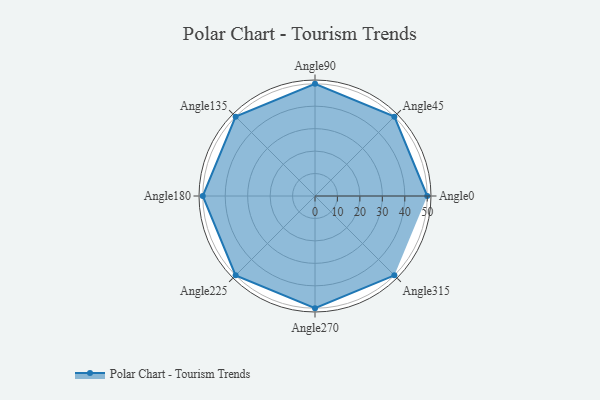
{"axis": {"x": "Angle", "y": "Radius"}, "legend": [""], "data": [{"x": "Angle0", "y": 50, "type": ""}, {"x": "Angle45", "y": 50, "type": ""}, {"x": "Angle90", "y": 50, "type": ""}, {"x": "Angle135", "y": 50, "type": ""}, {"x": "Angle180", "y": 50, "type": ""}, {"x": "Angle225", "y": 50, "type": ""}, {"x": "Angle270", "y": 50, "type": ""}, {"x": "Angle315", "y": 50, "type": ""}]}